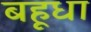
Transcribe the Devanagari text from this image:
बहूधा